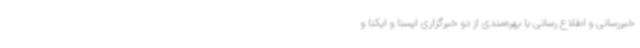
خبررسانی و اطلاع رسانی با بهره‌مندی از دو خبرگزاری ایسنا و ایکنا و